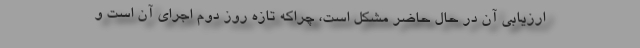
ارزیابی آن در حال حاضر مشکل است، چراکه تازه روز دوم اجرای آن است و